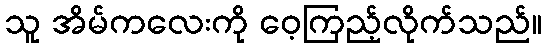
သူ အိမ်ကလေးကို ဝေ့ကြည့်လိုက်သည်။